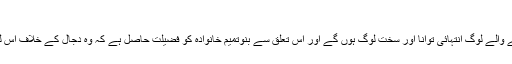
دجال کے خلاف جنگ:
صحیح حدیثوں میں رسول اکرم صلی اللہ علیہ وسلم نے یہ بات بتائی ہے کہ دجال کے خلاف لڑنے والے لوگ انتہائی توانا اور سخت لوگ ہوں گے اور اس تعلق سے بنوتمیم خانوادہ کو فضیلت حاصل ہے کہ وہ دجال کے خلاف اس لڑائی میں پیش پیش ہوں گے کیونکہ انہیں دجال اور اس کے فتنہ سے سب سے زیادہ نفرت ہوگی۔